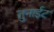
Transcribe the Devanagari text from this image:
तुनाईट